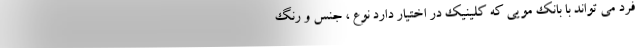
فرد می تواند با بانک مویی که کلینیک در اختیار دارد نوع ، جنس و رنگ